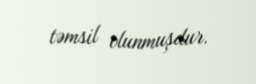
təmsil olunmuşdur.